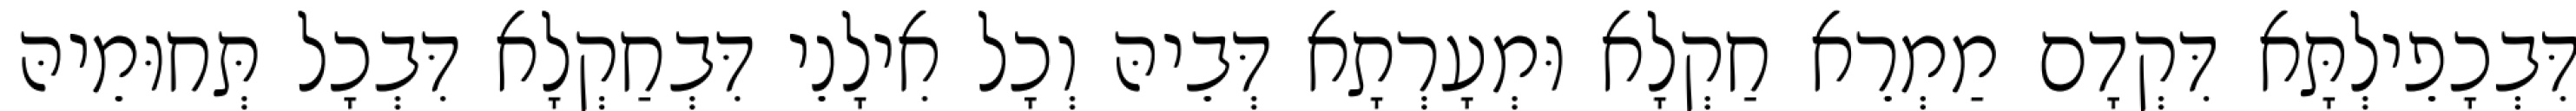
דִּבְכָפֵילְתָּא דִּקְדָם מַמְרֵא חַקְלָא וּמְעָרְתָא דְּבֵיהּ וְכָל אִילָנֵי דִּבְחַקְלָא דִּבְכָל תְּחוּמֵיהּ